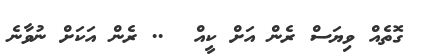
ގޮތެއް ވިޔަސް ރެން އަށް ކީއް  .. ރެން އަކަށް ނުވާނެ